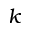
k